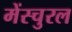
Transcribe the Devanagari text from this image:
मेंस्चुरल